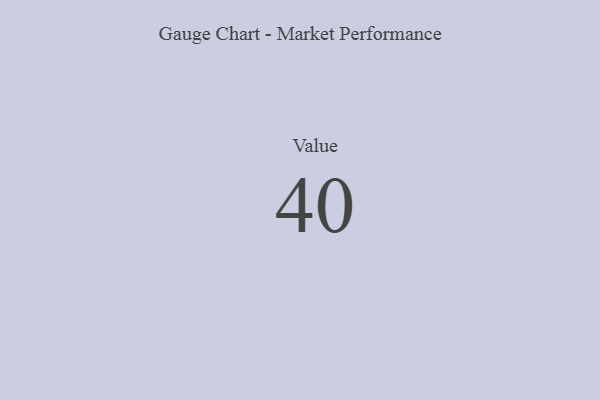
{"axis": {"x": "Metric", "y": "Value"}, "legend": [""], "data": [{"x": "Value", "y": 40, "type": ""}]}